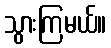
သွားကြမယ်။